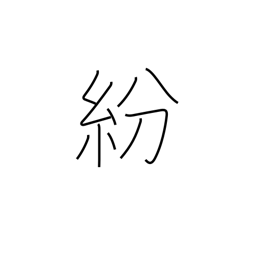
Meaning: distract